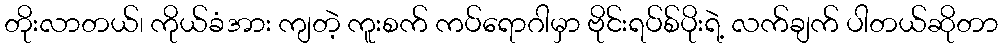
တိုးလာတယ်၊ ကိုယ်ခံအား ကျတဲ့ ကူးစက် ကပ်ရောဂါမှာ ဗိုင်းရပ်စ်ပိုးရဲ့ လက်ချက် ပါတယ်ဆိုတာ